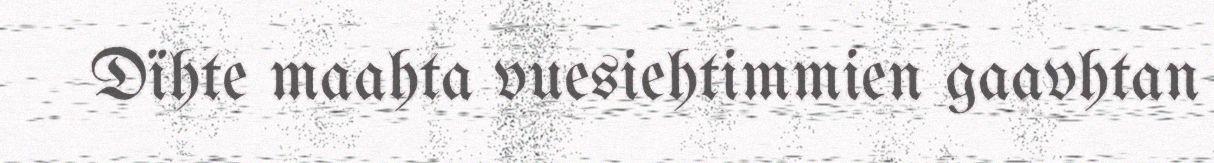
Dïhte maahta vuesiehtimmien gaavhtan